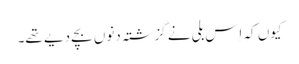
کیوں کہ اِس بلی نے گزشتہ دنوں بچے دیے تھے۔